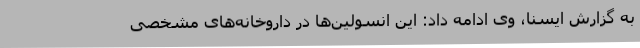
به گزارش ایسنا، وی ادامه داد: این انسولین‌ها در داروخانه‌های مشخصی